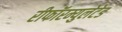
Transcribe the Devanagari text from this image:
रीफॉरम्युलेटेड